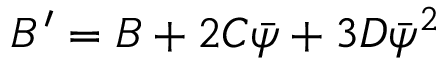
B ^ { \prime } = B + 2 C \bar { \psi } + 3 D \bar { \psi } ^ { 2 }